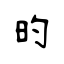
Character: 旳